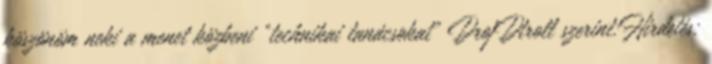
köszönöm neki a menet közbeni "technikai tanácsokat" DrojDtroll szerint:Hirdetés: